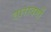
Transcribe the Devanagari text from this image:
तारावर्गो